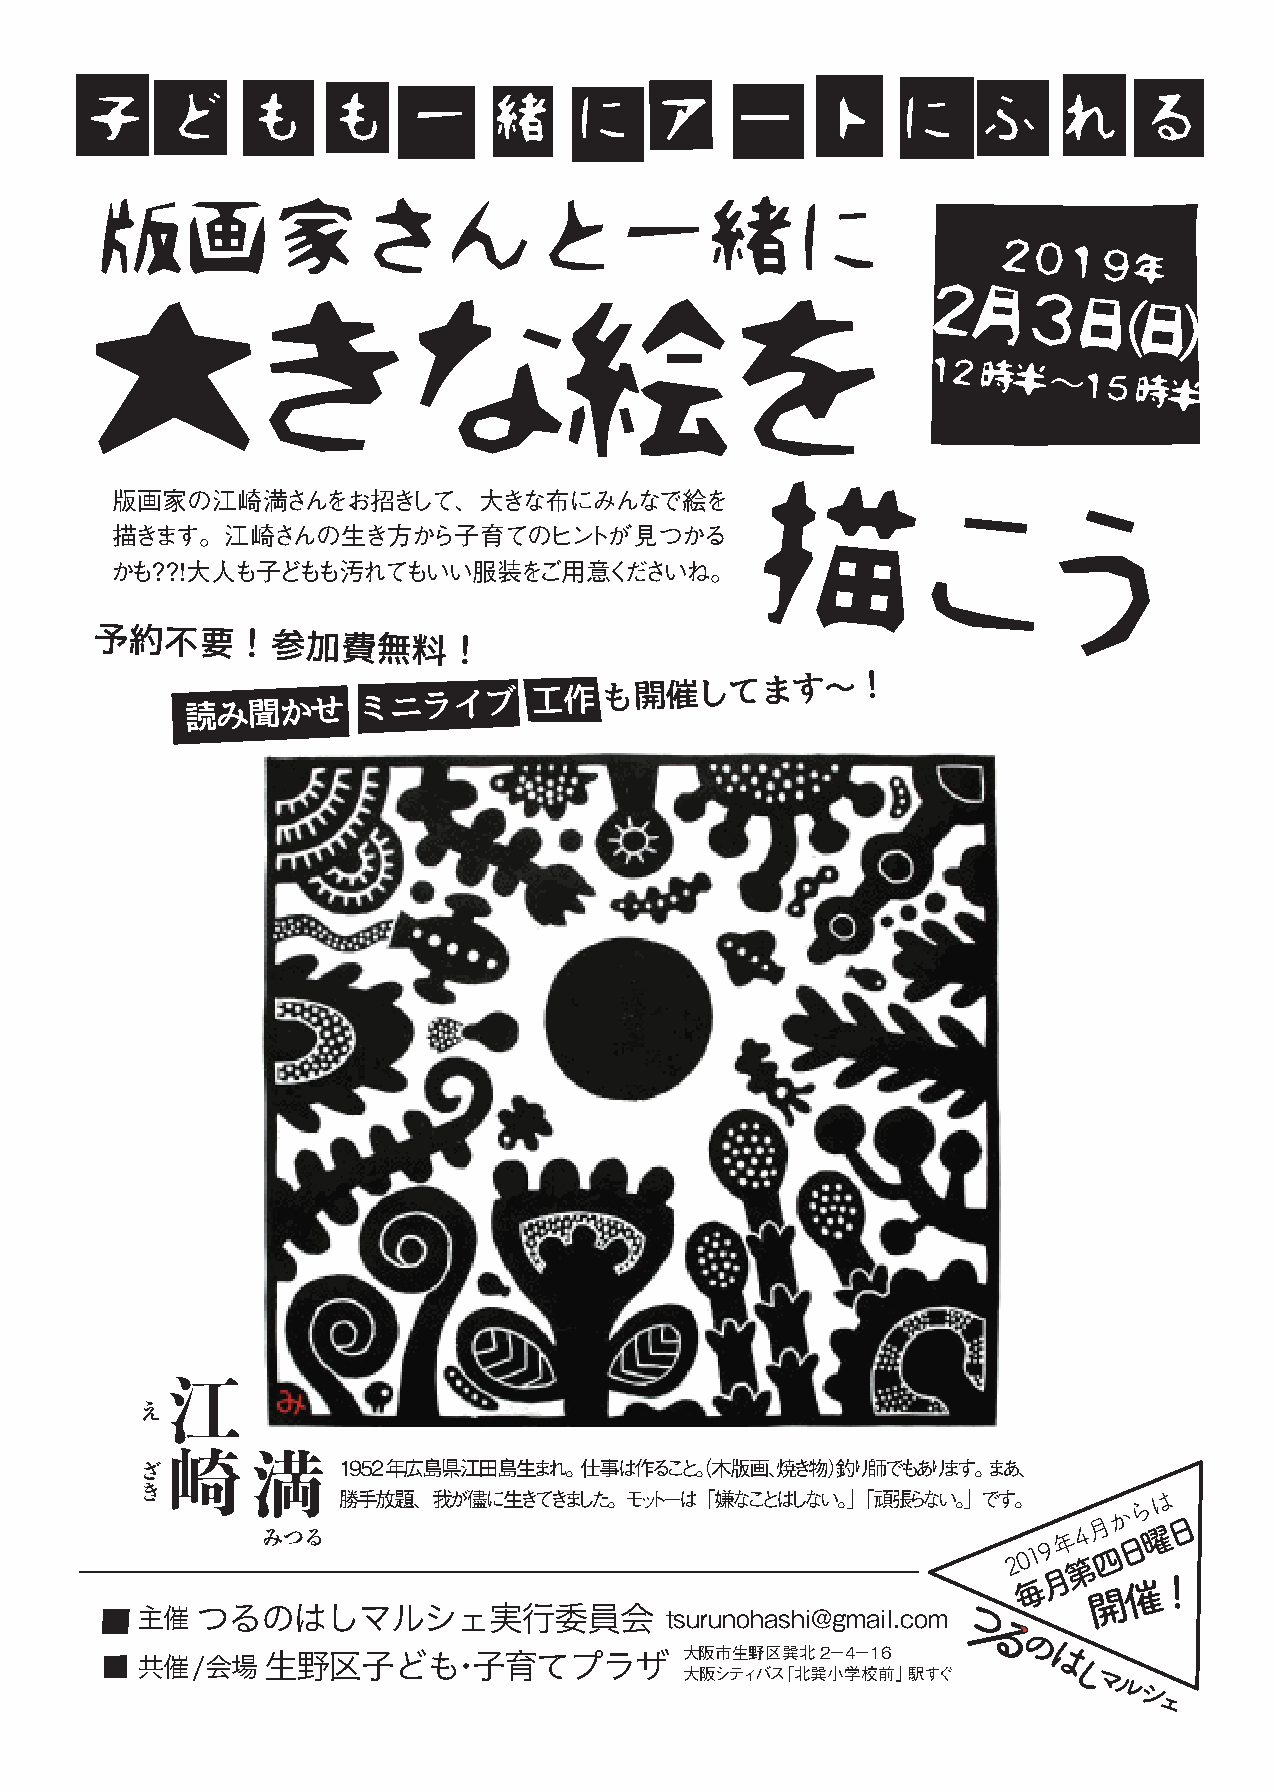
子    ど     も    も    一     緒    に    ア     ー    ト     に    ふ    れ     る
 版画家さんと一緒に
 ２０１９
 年
 ２
 大きな絵を
 月３
 日（日）
 １２時半
 〜１５時半
 描
 版画家の江崎満さんをお招きして、大きな布にみんなで絵を
 こ
 う
 描きます。江崎さんの生き方から子育てのヒントが見つかる
 かも？？！大人も子どもも汚れてもいい服装をご用意くださいね。
 予約不要！参加費無料！
 読み聞かせ
 ミニライブ
 工作も開催してます〜！
 江
 え
 崎
 ざ       満    1952年広島県江田島生まれ。仕事は作ること（。木版画、焼き物）釣り師でもあります。まあ、
 き
 勝手放題、我が儘に生きてきました。モットーは「嫌なことはしない。」「頑張らない。」です。          は
 ら
 か
 月     日
 みつる                                               2 0 1 9 年 第4 四 日 曜
 月
 毎      催！
 開
 主催  つるのはしマルシェ実行委員会                 tsurunohashi@gmail.com
 大阪市生野区巽北2−4−16
 共催/会場   生野区子ども・子育てプラザ
 大阪シティバス「北巽小学校前」駅すぐ